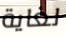
لغاية